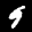
Label: 9